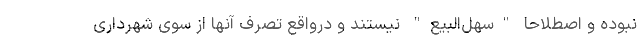
نبوده و اصطلاحا "سهل‌البیع" نیستند و درواقع تصرف آنها از سوی شهرداری